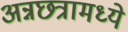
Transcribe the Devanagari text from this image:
अन्नछत्रामध्ये